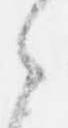
之